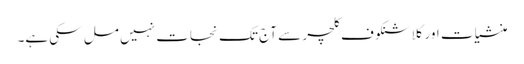
منشیات اور کلاشنکوف کلچر سے آج تک نجات نہیں مل سکی ہے۔